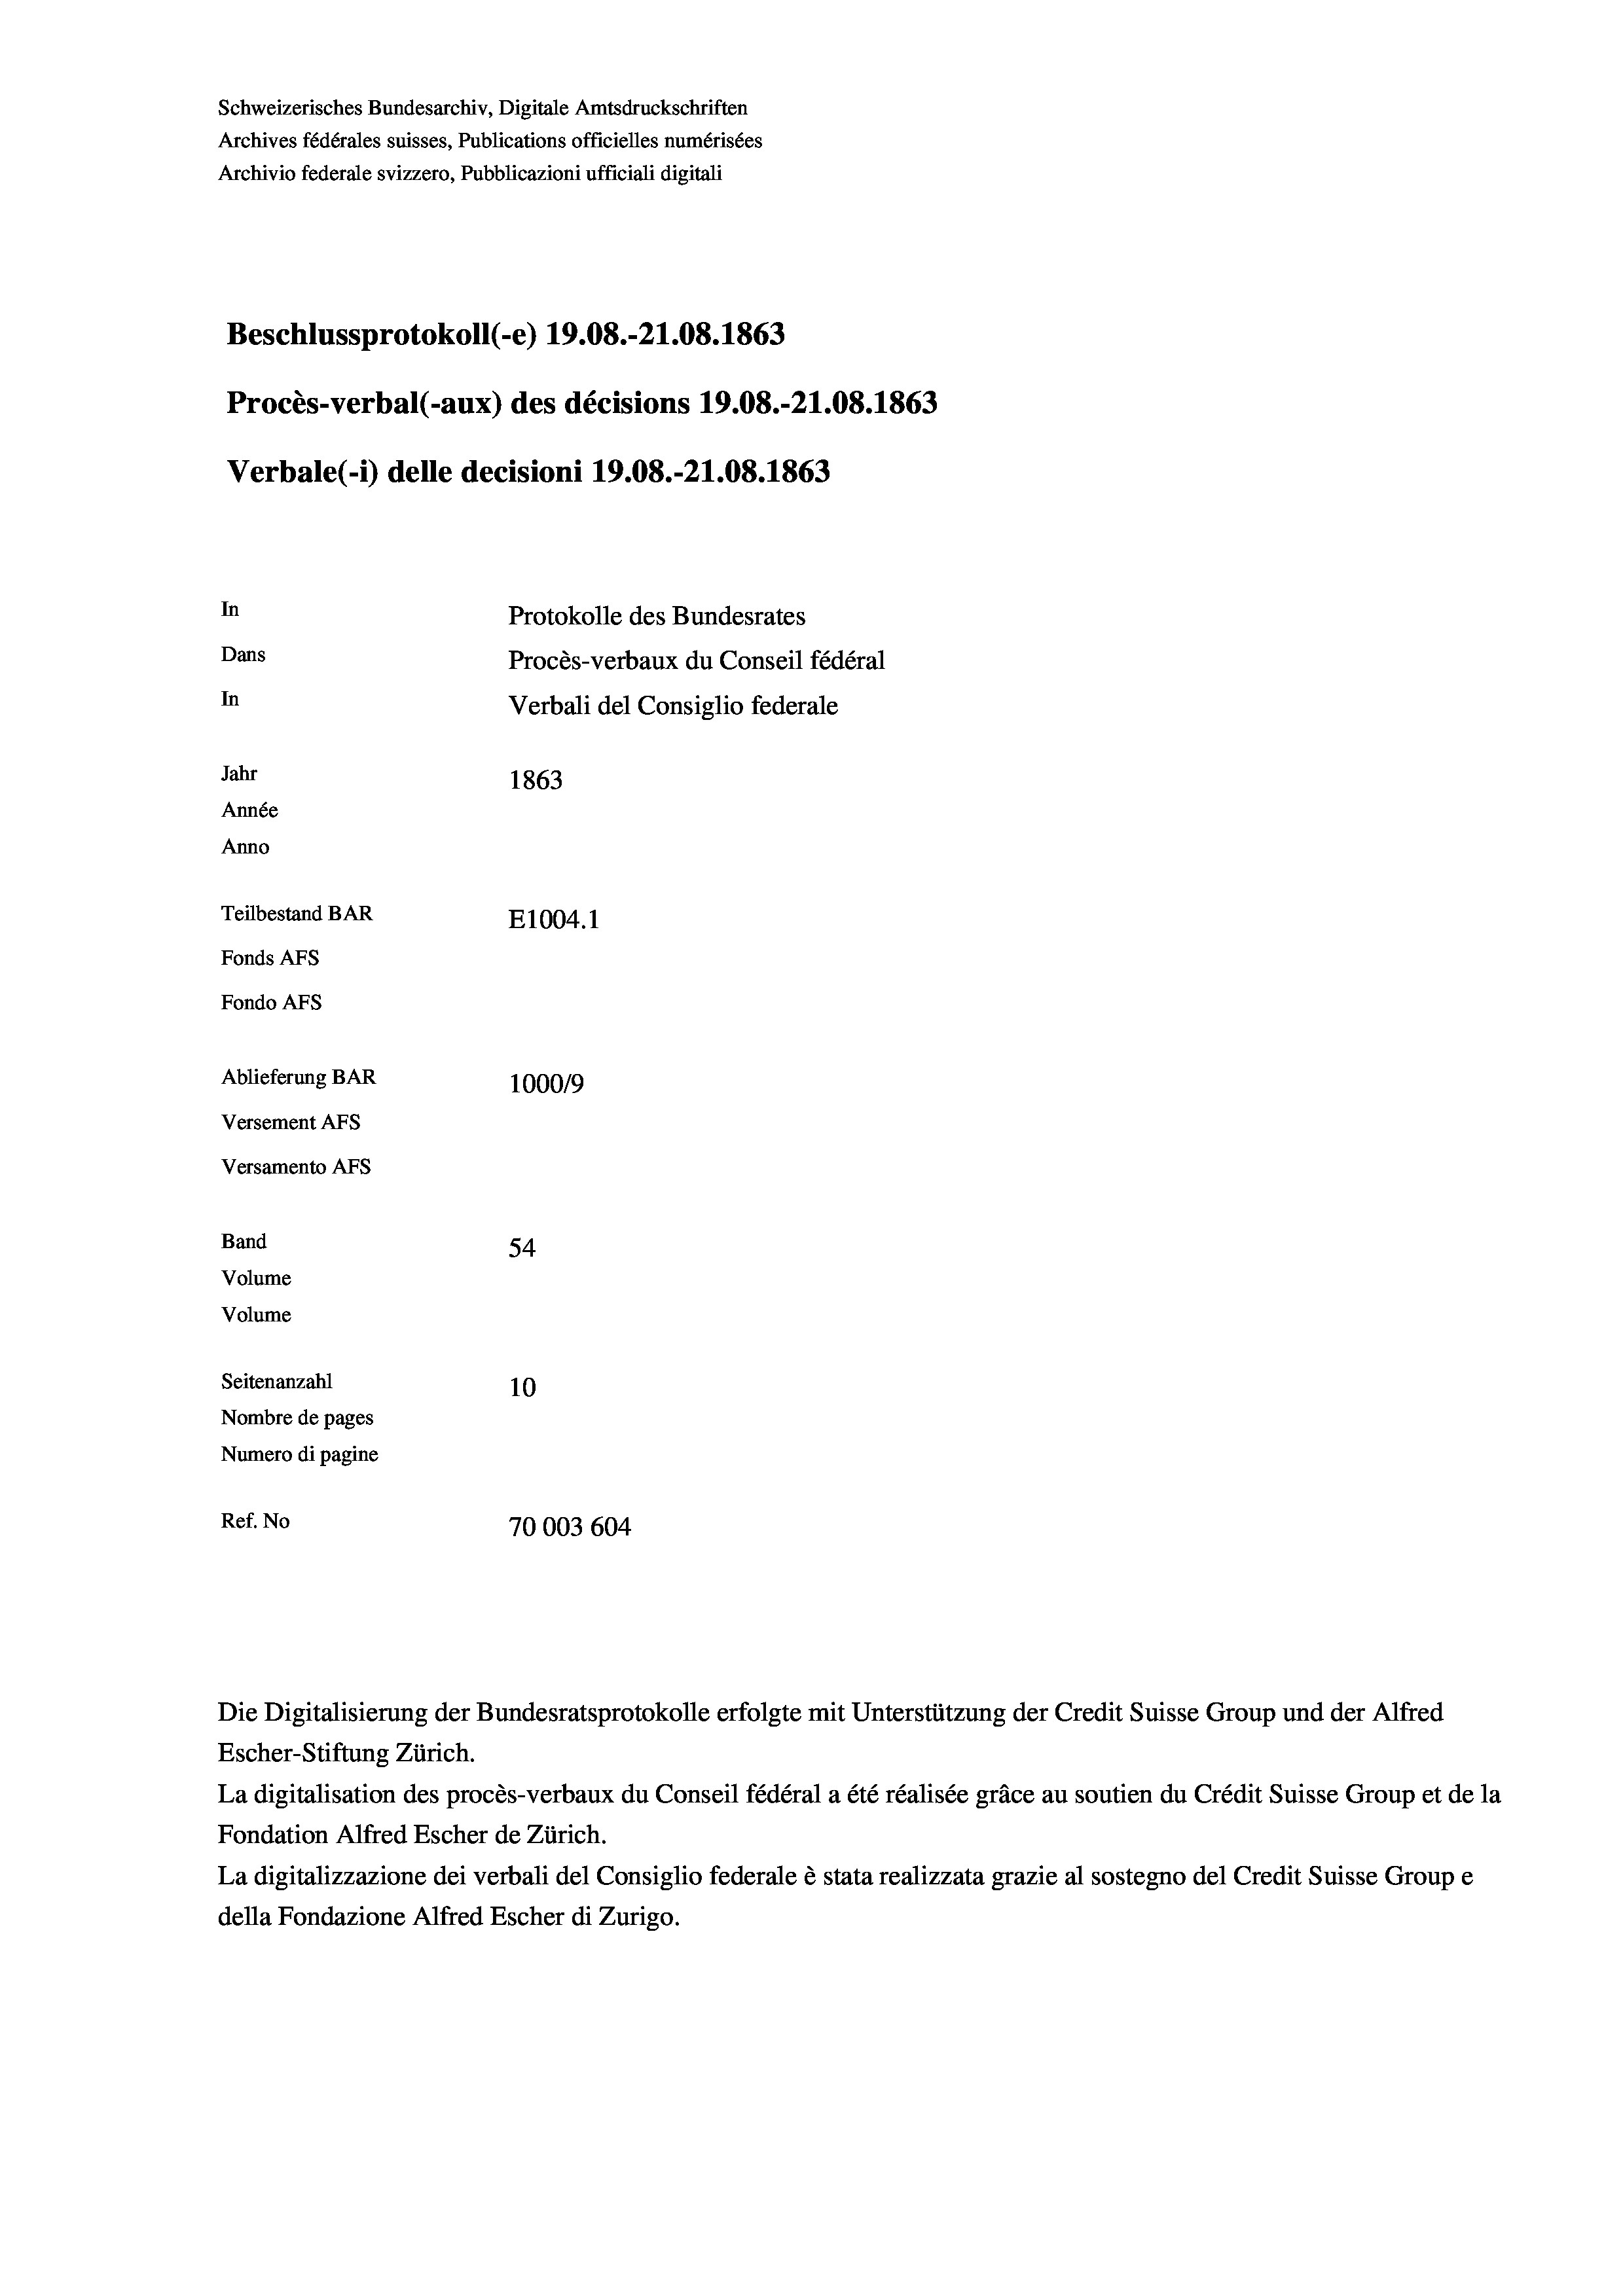
Schweizerisches Bundesarchiv, Digitale Amtsdruckschriften
Archives fédérales suisses, Publications officielles numérisées
Archivio federale svizzero, Pubblicazioni ufficiali digitali
Beschlussprotokoll (-e) 19.08.-21.08. 1863
Procès-verbal (-aux) des décisions 19.08.-21.08. 1863
In
Protokolle des Bundesrates
Dans
Procès-verbaux du Conseil fédéral
In
Verbali del Consiglio federale
Jahr
1863
Année
Anno
Teilbestand BAR
E1004.1
Fonds AFs
Fondo AFS

Ablieferung BAR
Versement AFs
Versamento AFs
Band
Volume
Volume

Escher-Stiftung Zürich.
La digitalisation des procès-verbaux du Conseil fédéral a été réalisée gräce au soutien du Crédit Suisse Group et de la
Fondation Alfred Escher de Zürich.
La digitalizzazione dei verbali del Consiglio federale è stata realizzata grazie al sostegno del Credit Suisse Groupe
della Fondazione Alfred Escher di Zurigo.

Verbale (- 1) delle decisioni 19.08.-21.08. 1863

100019
54
Seitenanzahl
10
Nombre de pages
Numero di pagine
Ref. No
70003 604

Die Digitalisierung der Bundesratsprotokolle erfolgte mit Unterstützung der Credit Suisse Group und der Alfred